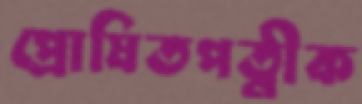
প্রোষিতপত্নীক